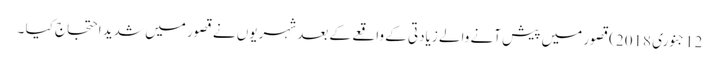
12جنوری 2018)قصور میں پیش آنے والے زیادتی کے واقعے کے بعد شہریوں نے قصور میں شدید احتجاج کیا ۔